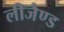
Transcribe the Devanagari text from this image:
लीजैण्ड